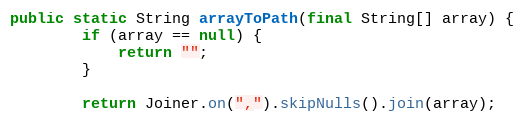
Language: Java
public static String arrayToPath(final String[] array) {
        if (array == null) {
            return "";
        }

        return Joiner.on(",").skipNulls().join(array);